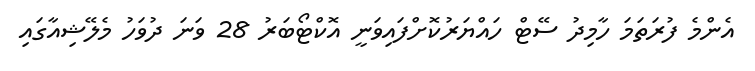
އެންމެ ފުރަތަމަ ހާމިދު ސޭޓް ހައްޔަރުކޮށްފައިވަނީ އޮކްޓޯބަރު 28 ވަނަ ދުވަހު މެލޭޝިއާގައި